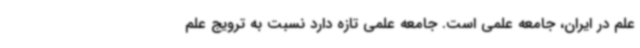
علم در ایران، جامعه علمی است. جامعه علمی تازه دارد نسبت به ترویج علم